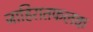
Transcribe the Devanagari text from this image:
जाहिरातफलक